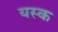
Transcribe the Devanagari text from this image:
यस्क